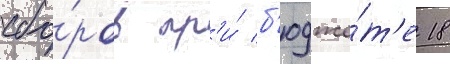
сбо́ров пр'и́ б'юдже́т'е 18